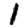
Digit: 1